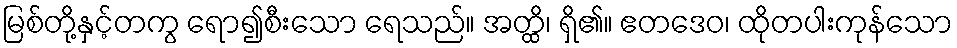
မြစ်တို့နှင့်တကွ ရော၍စီးသော ရေသည်။ အတ္ထိ၊ ရှိ၏။ ဧတဒေဝ၊ ထိုတပါးကုန်သော